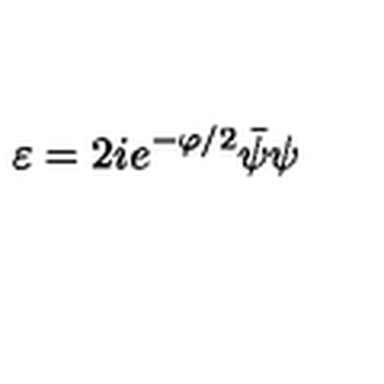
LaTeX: \varepsilon = 2 i e ^ { - \varphi / 2 } \bar { \psi } \psi